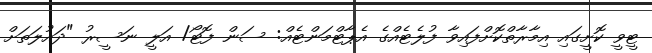
ޓީވީ ކޮށީގައި އިމާރާތްކޮށްފައިވާ ފުލެޓެއްގެ އެޕާޓްމަންޓެއް: ސަން ފޮޓޯ/ އަލީ ނަސީރު "ދައުލަތަށް